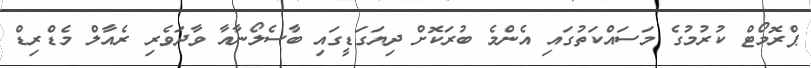
ޕްރޮމޯޓް ކުރުމުގެ މަސައްކަތުގައި އެންމެ ބުރަކޮށް ދިޔަގަޑީގައި ބާސެލޯނާއާ ވާދަވެރި ރެއާލް މެޑްރިޑް